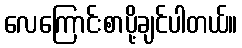
လေကြောင်းစာပို့ချင်ပါတယ်။